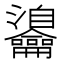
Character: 𪛎